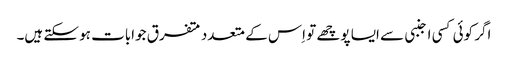
اگر کوئی کسی اجنبی سے ایسا پوچھے تو اِس کے متعدد متفرق جوابات ہو سکتے ہیں۔